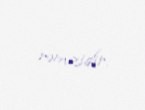
rəmzidir.